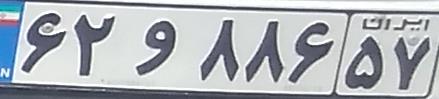
۶۲و۸۸۶۵۷